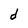
Character: d